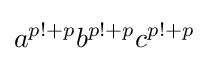
a^{p!+p}b^{p!+p}c^{p!+p}